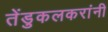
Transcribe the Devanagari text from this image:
तेंडुकलकरांनी